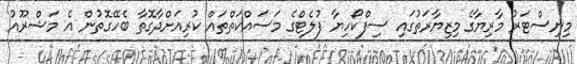
މިނިސްޓަރު މާރިޔާގެ މިޒިޔާރަތުގައި ސިފްކޯހިޔާ ފުލެޓްގެ މަސައްކަތްތައް ކުރިއަށްދާގޮތާ ބެހޭގޮތުން އެ މަޝްރޫއު